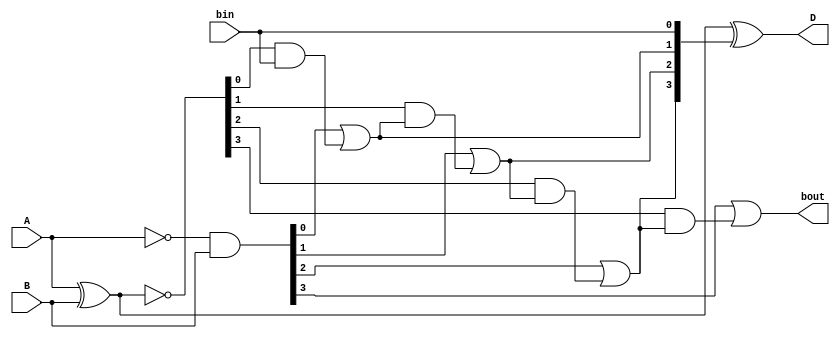
/*
Gi = Ai'Bi
Pi = (Ai  Bi)'
Di = (Pi  Ci)'
Ci = Gi-1 + (Ci-1  Pi-1')
*/
module Lab2_4_bit_BLS_dataflow (input [3:0] A, B, input bin, output [3:0] D, output bout);

    wire [3:0] G, P, C, Q;

    assign G = (~A) & B;
    assign P = A ^ B;
    assign Q = ~P;
    assign D = P ^ C;

    assign C[0] = bin;
    assign C[1] = G[0] | (Q[0]&C[0]);
    assign C[2] = G[1] | (Q[1]&C[1]);
    assign C[3] = G[2] | (Q[2]&C[2]);
    assign bout = G[3] | (Q[3]&C[3]);

endmodule